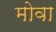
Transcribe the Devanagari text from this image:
मोवा